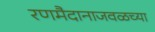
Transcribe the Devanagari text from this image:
रणमैदानाजवळच्या